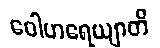
ဝေါဟရေယျာတိ